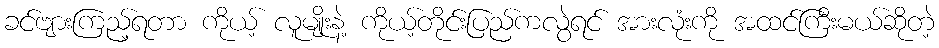
ခင်ဗျားကြည့်ရတာ ကိုယ့် လူမျိုးနဲ့ ကိုယ့်တိုင်းပြည်ကလွဲရင် အားလုံးကို အထင်ကြီးမယ်ဆိုတဲ့